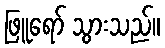
ဖြူရော် သွားသည်။